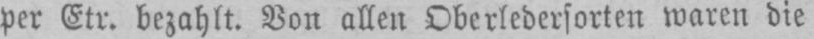
per Ctr. bezahlt. Von allen Oberledersorten waren die